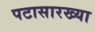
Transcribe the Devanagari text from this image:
पटासारख्या